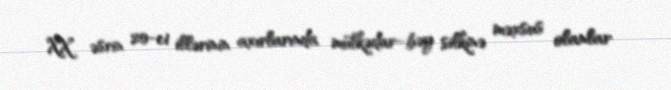
XX əsrin 20-ci illərinin axırlarında mülkədar–bəy silkinə məxsus olanlar